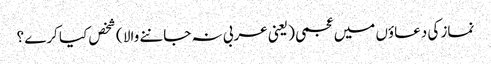
نماز کی دعاؤں میں عجمی ( یعنی عربی نہ جاننے والا ) شخص کیا کرے ؟